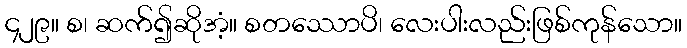
၄၂၉။ စ၊ ဆက်၍ဆိုအံ့။ စတဿောပိ၊ လေးပါးလည်းဖြစ်ကုန်သော။